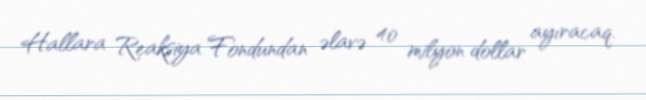
Hallara Reaksiya Fondundan əlavə 40 milyon dollar ayıracaq.